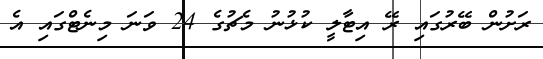
ރަށުން ބޭރުގައި ރޭ އިޓާލީ ކުޅުނު މެޗުގެ 24 ވަނަ މިނެޓްގައި އެ